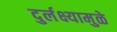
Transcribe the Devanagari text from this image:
दुर्लक्ष्यामुळे